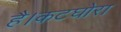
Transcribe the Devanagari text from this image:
है।कटघोरा